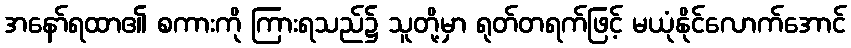
အနော်ရထာ၏ စကားကို ကြားရသည်၌ သူတို့မှာ ရုတ်တရက်ဖြင့် မယုံနိုင်လောက်အောင်